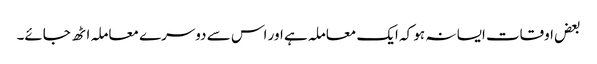
بعض اوقات ایسا نہ ہو کہ ایک معاملہ ہے اور اس سے دوسرے معاملہ اٹھ جائے۔